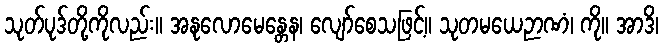
သုတ်ပုဒ်တို့ကိုလည်း။ အနုလောမေန္တေန၊ လျော်စေသဖြင့်။ သုတမယေဉာဏံ၊ ကို။ အာဒိ၊